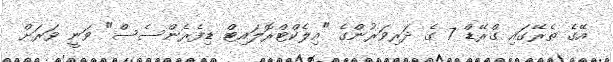
އޭގެ ތެރޭގައި ގްރޭޑް 7 ގެ ދަރިވަރުންގެ "އިލެކްޓްރޮލައިޓް ޑިފެރެންސެސް" ވަނީ ވަރަށް